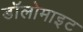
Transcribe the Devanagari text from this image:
डॉलोमाइट